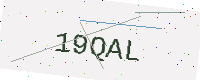
Text: 19QAL